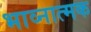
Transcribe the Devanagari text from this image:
भाव्नात्मक